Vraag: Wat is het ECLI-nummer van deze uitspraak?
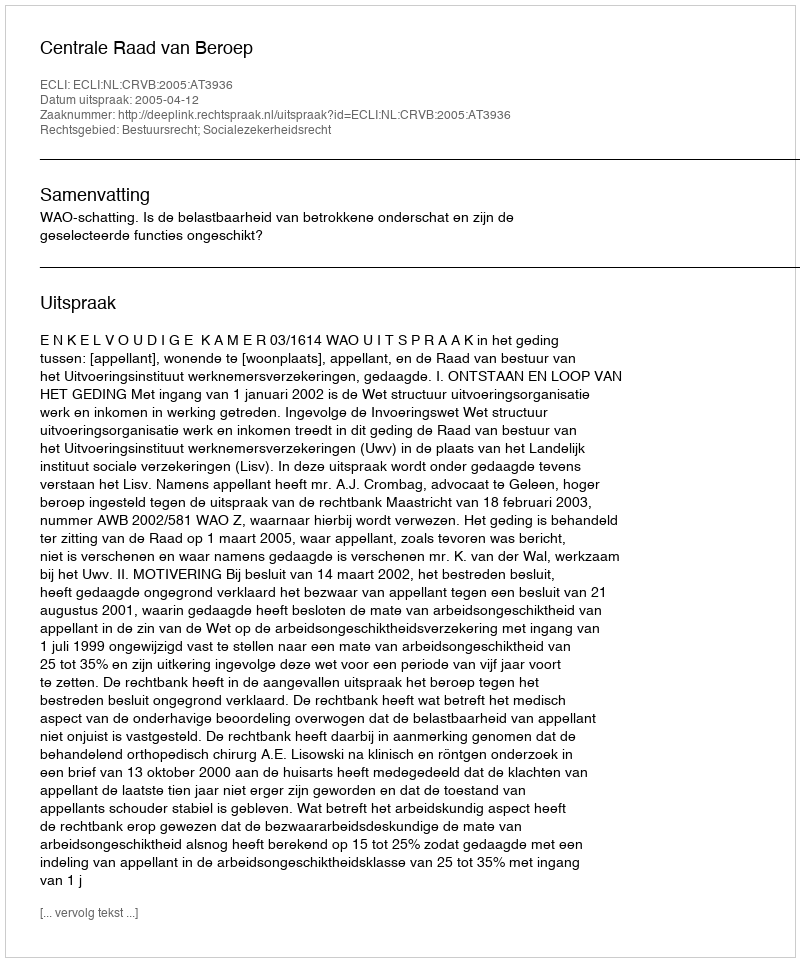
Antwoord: ECLI:NL:CRVB:2005:AT3936